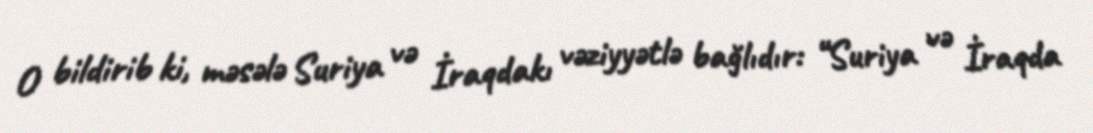
O bildirib ki, məsələ Suriya və İraqdakı vəziyyətlə bağlıdır: “Suriya və İraqda